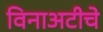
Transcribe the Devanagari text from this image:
विनाअटीचे